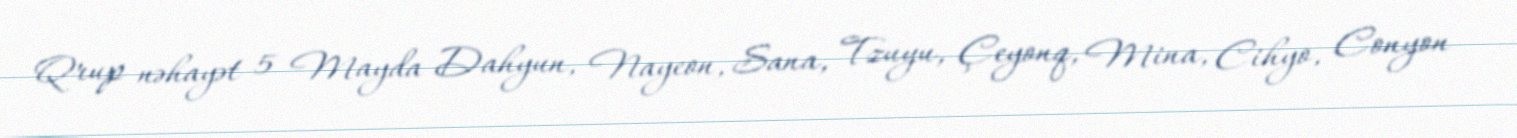
Qrup nəhayət 5 Mayda Dahyun, Nayeon, Sana, Tzuyu, Çeyonq, Mina, Cihyo, Conyon